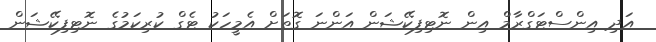
އަދި އިންސްޓަގްރާމް އިން ނޮޓިފިކޭޝަން އަންނަ ގޮތަށް އެމީހަކު ޓެގް ކުރިކަމުގެ ނޮޓިފިކޭޝަން